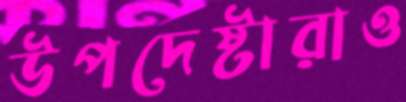
উপদেষ্টারাও